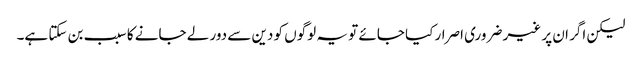
لیکن اگر ان پر غیر ضروری اصرار کیا جائے تو یہ لوگوں کو دین سے دور لے جانے کا سبب بن سکتا ہے۔